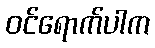
ဝင်ရောက်ပါက